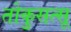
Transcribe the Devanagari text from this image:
तोकुसत्सू